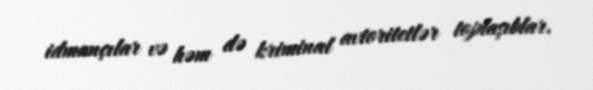
idmançılar və həm də kriminal avtoritetlər toplaşıblar.